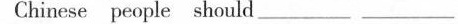
Chinese people should ___ ___